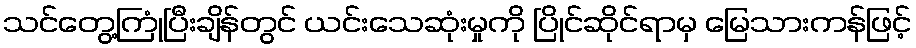
သင်တွေ့ကြုံပြီးချိန်တွင် ယင်းသေဆုံးမှုကို ပြိုင်ဆိုင်ရာမှ မြေသားကန်ဖြင့်